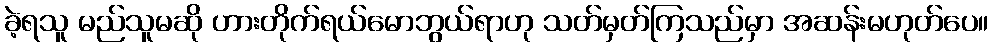
ခဲ့ရသူ မည်သူမဆို ဟားတိုက်ရယ်မောဘွယ်ရာဟု သတ်မှတ်ကြသည်မှာ အဆန်းမဟုတ်ပေ။